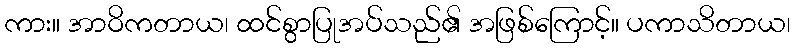
ကား။ အာဝိကတာယ၊ ထင်စွာပြုအပ်သည်၏ အဖြစ်ကြောင့်။ ပကာသိတာယ၊